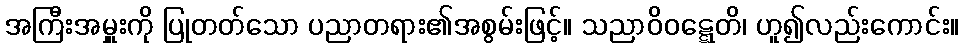
အကြီးအမှူးကို ပြုတတ်သော ပညာတရား၏အစွမ်းဖြင့်။ သညာဝိဝဋ္ဋေတိ၊ ဟူ၍လည်းကောင်း။